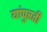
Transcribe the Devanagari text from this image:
यांपुरती